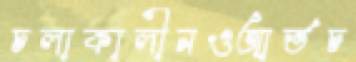
চলাকালীনওআর্তচ